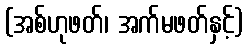
(အစ်ဟုဖတ်၊ အက်မဖတ်နှင့်)